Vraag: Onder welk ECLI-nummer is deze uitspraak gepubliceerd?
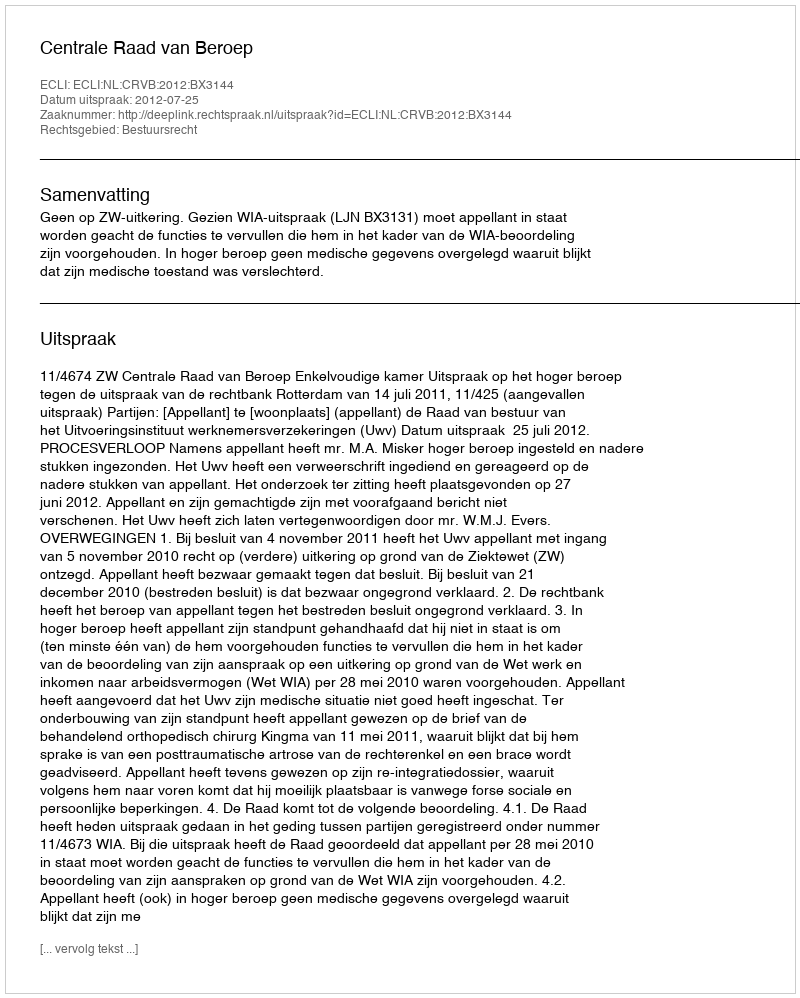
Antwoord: ECLI:NL:CRVB:2012:BX3144